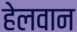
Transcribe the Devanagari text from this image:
हेलवान